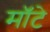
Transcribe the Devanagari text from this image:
मॉटे